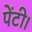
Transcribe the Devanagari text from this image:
पेंटी।